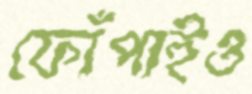
ফোঁপাইও